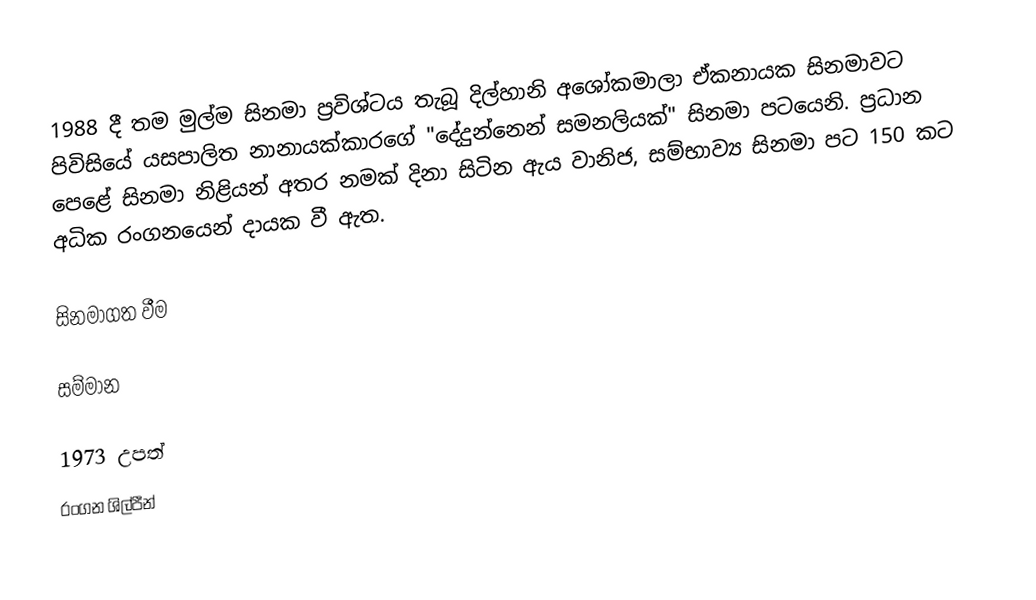
1988 දී තම මුල්ම සිනමා ප්‍රවිශ්ටය තැබූ දිල්හානි අශෝකමාලා ඒකනායක සිනමාවට පිවිසියේ යසපාලිත නානායක්කාරගේ "දේදුන්නෙන් සමනලියක්" සිනමා පටයෙනි. ප්‍රධාන පෙළේ සිනමා නිළියන් අතර නමක් දිනා සිටින ඇය වානිජ, සම්භාව්‍ය සිනමා පට 150 කට අධික රංගනයෙන් දායක වී ඇත.

සිනමාගත වීම

සම්මාන

1973 උපත්
රංගන ශිල්පීන්